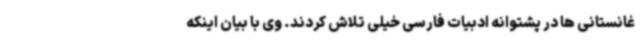
غانستانی ها در پشتوانه ادبیات فارسی خیلی تلاش کردند. وی با بیان اینکه